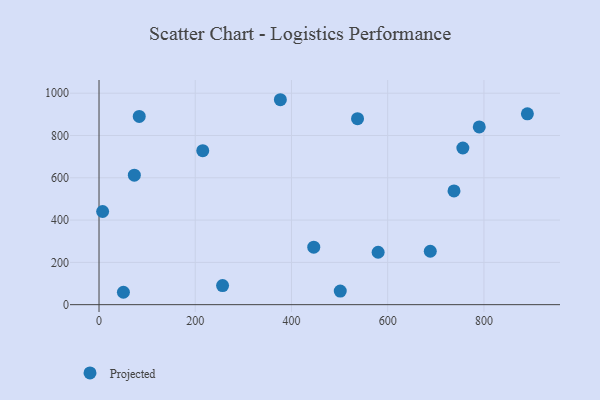
{"axis": {"x": "Investment", "y": "Yield"}, "legend": ["Projected"], "data": [{"x": "7.5", "y": 440.5, "type": "Projected"}, {"x": "73.4", "y": 612.2, "type": "Projected"}, {"x": "446.3", "y": 271.7, "type": "Projected"}, {"x": "501.4", "y": 64.1, "type": "Projected"}, {"x": "890.3", "y": 902.5, "type": "Projected"}, {"x": "376.9", "y": 969.2, "type": "Projected"}, {"x": "737.8", "y": 538.0, "type": "Projected"}, {"x": "50.7", "y": 58.6, "type": "Projected"}, {"x": "215.6", "y": 728.1, "type": "Projected"}, {"x": "688.5", "y": 252.7, "type": "Projected"}, {"x": "790.3", "y": 840.8, "type": "Projected"}, {"x": "83.6", "y": 890.1, "type": "Projected"}, {"x": "537.3", "y": 879.4, "type": "Projected"}, {"x": "256.8", "y": 90.1, "type": "Projected"}, {"x": "580.1", "y": 248.0, "type": "Projected"}, {"x": "756.2", "y": 740.9, "type": "Projected"}]}